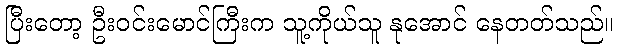
ပြီးတော့ ဦးဝင်းမောင်ကြီးက သူ့ကိုယ်သူ နုအောင် နေတတ်သည်။